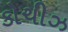
કોચીઝ